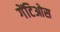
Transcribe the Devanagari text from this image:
गेंटिओस